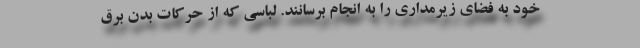
خود به فضای زیرمداری را به انجام برسانند. لباسی که از حرکات بدن برق